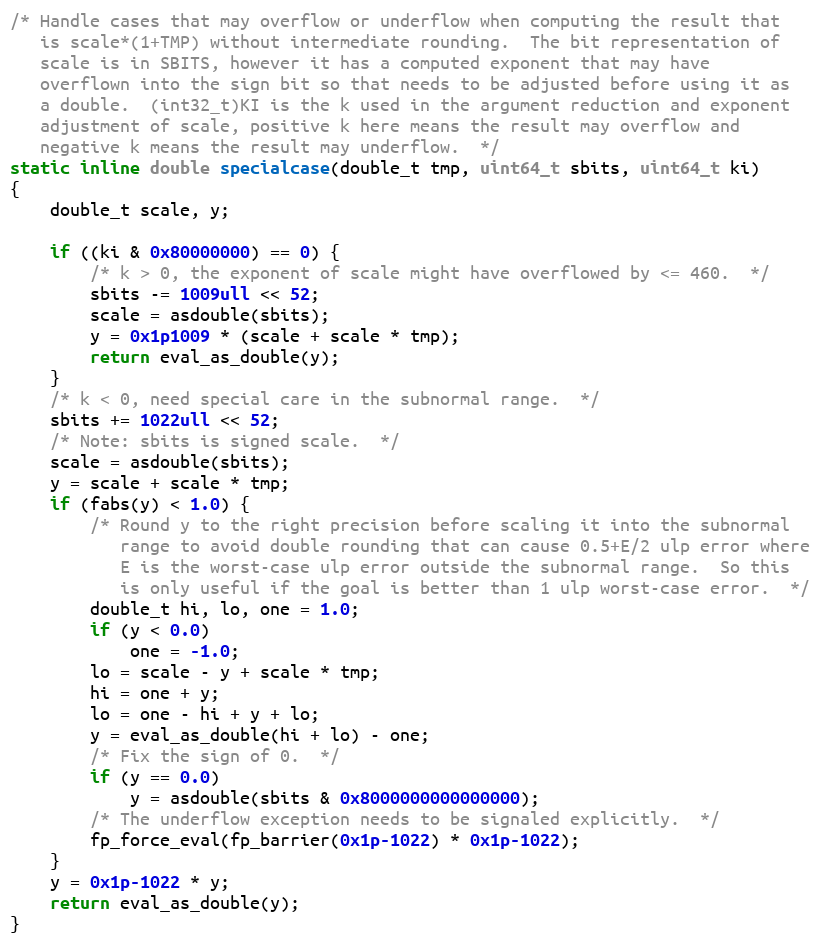
Language: C
/* Handle cases that may overflow or underflow when computing the result that
   is scale*(1+TMP) without intermediate rounding.  The bit representation of
   scale is in SBITS, however it has a computed exponent that may have
   overflown into the sign bit so that needs to be adjusted before using it as
   a double.  (int32_t)KI is the k used in the argument reduction and exponent
   adjustment of scale, positive k here means the result may overflow and
   negative k means the result may underflow.  */
static inline double specialcase(double_t tmp, uint64_t sbits, uint64_t ki)
{
	double_t scale, y;

	if ((ki & 0x80000000) == 0) {
		/* k > 0, the exponent of scale might have overflowed by <= 460.  */
		sbits -= 1009ull << 52;
		scale = asdouble(sbits);
		y = 0x1p1009 * (scale + scale * tmp);
		return eval_as_double(y);
	}
	/* k < 0, need special care in the subnormal range.  */
	sbits += 1022ull << 52;
	/* Note: sbits is signed scale.  */
	scale = asdouble(sbits);
	y = scale + scale * tmp;
	if (fabs(y) < 1.0) {
		/* Round y to the right precision before scaling it into the subnormal
		   range to avoid double rounding that can cause 0.5+E/2 ulp error where
		   E is the worst-case ulp error outside the subnormal range.  So this
		   is only useful if the goal is better than 1 ulp worst-case error.  */
		double_t hi, lo, one = 1.0;
		if (y < 0.0)
			one = -1.0;
		lo = scale - y + scale * tmp;
		hi = one + y;
		lo = one - hi + y + lo;
		y = eval_as_double(hi + lo) - one;
		/* Fix the sign of 0.  */
		if (y == 0.0)
			y = asdouble(sbits & 0x8000000000000000);
		/* The underflow exception needs to be signaled explicitly.  */
		fp_force_eval(fp_barrier(0x1p-1022) * 0x1p-1022);
	}
	y = 0x1p-1022 * y;
	return eval_as_double(y);
}